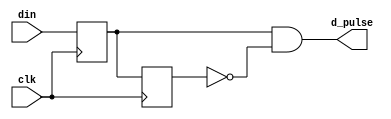
//-----------------------------------------------------------------------------
// Title         : single_pulser - detects a rising edge and outputs a single pulse
// Project       : ECE 491 - Senior Design I
//-----------------------------------------------------------------------------
//-----------------------------------------------------------------------------
// Description :
// This circuit detects a rising edge on the input din.  WHen the rising edge occurs, 
// it outputs a single pulse one clock period in length.  It is based on the
// single pulser circuit described in Prosser & Winkel's book "The Art of Digital Design
//-----------------------------------------------------------------------------
// Modification history :
// 02.09.2009 : created
//-----------------------------------------------------------------------------

module single_pulser(input clk, input din, output d_pulse);
   reg dq1, dq2;

   always @(posedge clk)
     begin
	dq1 <= din;
	dq2 <= dq1;
     end

   assign d_pulse = dq1 & ~dq2;
endmodule // single_pulser